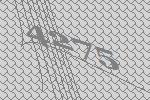
4275